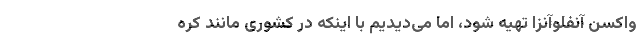
واکسن آنفلوآنزا تهیه شود، اما می‌دیدیم با اینکه در کشوری مانند کره